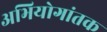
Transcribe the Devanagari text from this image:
अभियोगांतक